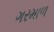
ગરમાળ